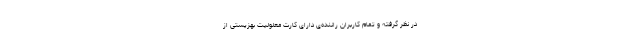
در نظر گرفته‌ و تمام کاربران راننده‌ی دارای کارت معلولیت بهزیستی از